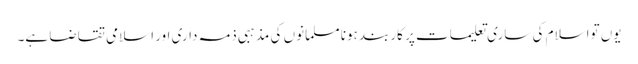
یوں تواسلام کی ساری تعلیمات پر کاربند ہونا مسلمانوں کی مذہبی ذمہ داری اور اسلامی تقاضا ہے۔